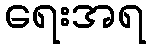
ရေးအရ